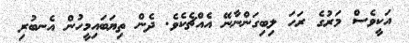
އަކީވެސް މަރުގެ ރަހަ ލިބިގަންނާނޭ އެއްޗެކެވެ. ދެން ތިޔަބައިމީހުން އެނބުރި